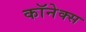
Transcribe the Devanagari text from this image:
कॉनेक्स